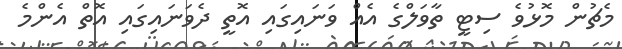
މެޗުން މޮޅުވެ ސިޓީ ތާވަލްގެ އެއް ވަނައިގައި އޮތީ ދެވަނައިގައި އޮތް އެންމެ